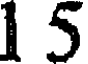
1 5